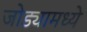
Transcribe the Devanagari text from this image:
जोड्यामध्ये